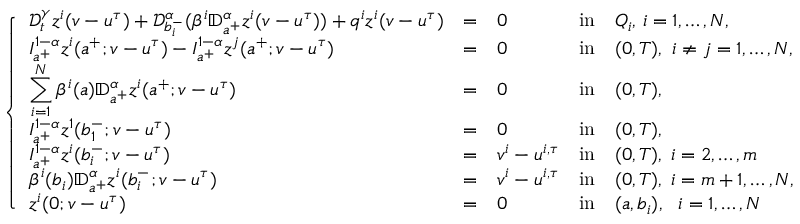
\left\{ \begin{array} { l l l l l l l l l } { { \mathcal D } _ { t } ^ { \gamma } z ^ { i } ( v - u ^ { \tau } ) + \mathcal { D } _ { b _ { i } ^ { - } } ^ { \alpha } ( \beta ^ { i } \mathbb { D } _ { a ^ { + } } ^ { \alpha } z ^ { i } ( v - u ^ { \tau } ) ) + q ^ { i } z ^ { i } ( v - u ^ { \tau } ) } & { = } & { 0 } & { \mathrm { i n } } & { Q _ { i } , \, i = 1 , \dots , N , } \\ { \displaystyle I _ { a ^ { + } } ^ { 1 - \alpha } z ^ { i } ( a ^ { + } ; v - u ^ { \tau } ) - I _ { a ^ { + } } ^ { 1 - \alpha } z ^ { j } ( a ^ { + } ; v - u ^ { \tau } ) } & { = } & { 0 } & { \mathrm { i n } } & { ( 0 , T ) , ~ i \neq j = 1 , \dots , N , } \\ { \displaystyle \sum _ { i = 1 } ^ { N } \beta ^ { i } ( a ) \mathbb { D } _ { a ^ { + } } ^ { \alpha } z ^ { i } ( a ^ { + } ; v - u ^ { \tau } ) } & { = } & { 0 } & { \mathrm { i n } } & { ( 0 , T ) , } \\ { \displaystyle I _ { a ^ { + } } ^ { 1 - \alpha } z ^ { 1 } ( b _ { 1 } ^ { - } ; v - u ^ { \tau } ) } & { = } & { 0 } & { \mathrm { i n } } & { ( 0 , T ) , } \\ { \displaystyle I _ { a ^ { + } } ^ { 1 - \alpha } z ^ { i } ( b _ { i } ^ { - } ; v - u ^ { \tau } ) } & { = } & { v ^ { i } - u ^ { i , \tau } } & { \mathrm { i n } } & { ( 0 , T ) , \; i = 2 , \dots , m } \\ { \displaystyle \beta ^ { i } ( b _ { i } ) \mathbb { D } _ { a ^ { + } } ^ { \alpha } z ^ { i } ( b _ { i } ^ { - } ; v - u ^ { \tau } ) } & { = } & { v ^ { i } - u ^ { i , \tau } } & { \mathrm { i n } } & { ( 0 , T ) , \; i = m + 1 , \dots , N , } \\ { \displaystyle z ^ { i } ( 0 ; v - u ^ { \tau } ) } & { = } & { 0 } & { \mathrm { i n } } & { ( a , b _ { i } ) , ~ ~ i = 1 , \dots , N } \end{array} \right.